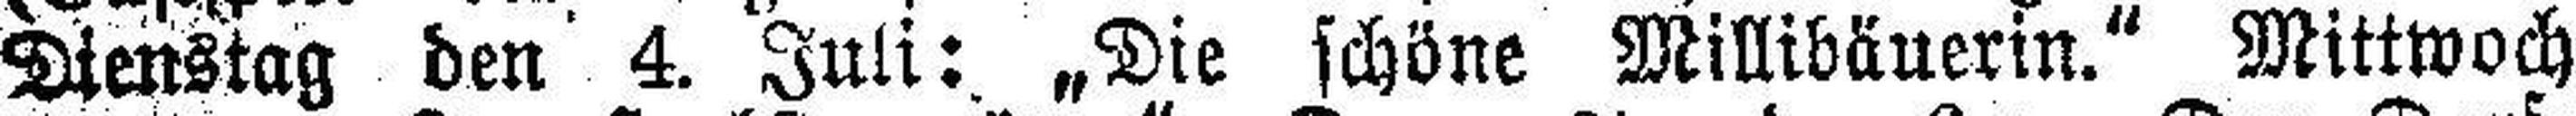
Dienstag den 4. Juli: „Die schöne Millibäuerin.“ Mittwoch